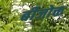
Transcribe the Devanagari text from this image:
बीजोक्त